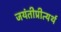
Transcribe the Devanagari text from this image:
जयंतीप्रीत्यर्थ